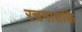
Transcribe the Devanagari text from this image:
रचनाशक्ति